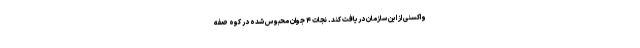
واکسنی از این سازمان دریافت کند. نجات ۴ جوان محبوس شده در کوه صفه